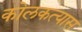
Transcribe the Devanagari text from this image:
कोलकत्यास